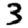
Digit: 3